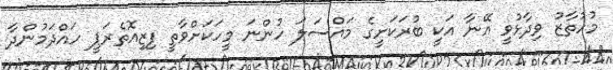
މުހުތާޒު ވިދާޅުވީ އޭނާ އަކީ ބުރަކަށީގެ މައްސަލަ ހުންނަ މީހަކަށްވާތީ ފިޒިއޮތެރަޕީ ހައްދަމުންދާ